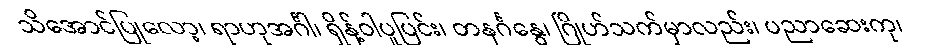
သိအောင်ပြုလော့၊ ရာဟုအင်္ဂါ၊ ရှိန့်ဝါပူပြင်း၊ တနင်္ဂနွေ၊ ဂြိုဟ်သက်မှာလည်း၊ ပညာဆေးကု၊